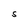
Character: S